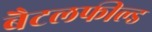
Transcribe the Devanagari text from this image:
बैटलफील्ड